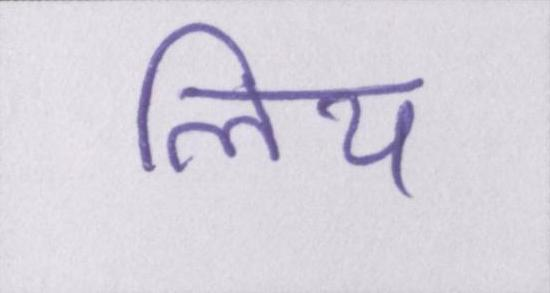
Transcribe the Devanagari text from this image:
लिय